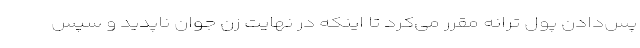
پس‌دادن پول ترانه مقرر می‌کرد تا اینکه در نهایت زن جوان ناپدید و سپس